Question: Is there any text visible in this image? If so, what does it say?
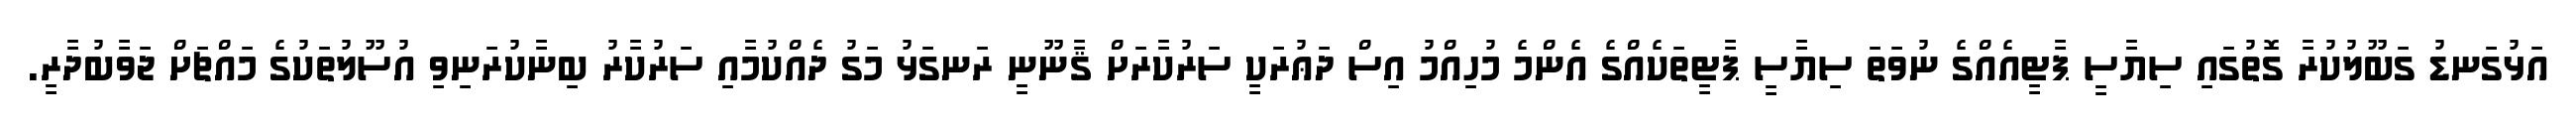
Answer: އަޅުގަނޑު ގަބޫލުކުރާ ގޮތުގައި ސިޔާސީ ޕާޓީއެއްގެ ނުވަތަ ސިޔާސީ ޕާޓީތަކެއްގެ އެންމެ މުހިއްމު އިސް ދަޢުރަކީ ސަރުކާރަށް ޤާނޫނީ ރަނގަޅު މަގު ދެއްކުމާއި ސަރުކާރު ބިނާކުރަނިވި އުސޫލުތަކުގެ މައްޗަށް ޖަވާބުދާރީ.